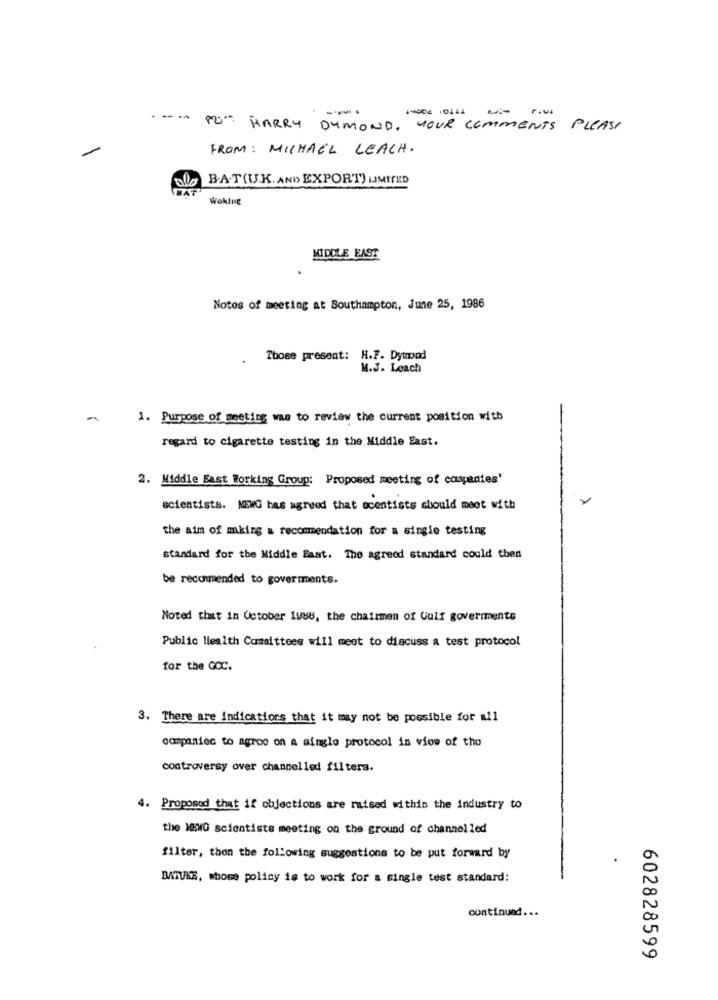
-- -
44002 0111
-
---
82ª HARRY DYMOND, YOUR COMMENTS PLEASE
FROM : MICHAEL LEACH.
B.A.T(U.K. AND EXPORT) LIMITED
Woklig
MIDDLE EAST
Notos of meeting at Southampton, June 25, 1986
Those present: H.F. Dymond
M.J. Leach
-
1. Purpose of meeting was to review the current position with
regard to cigarette testing in the Middle East.
2. Middle East Working Group: Proposed meeting of companies'
scientists. NEWG has agreed that acentists should meet with
the aim of mking & recommendation for a single testing
standard for the Middle East. The agreed standard could then
be recommended to governments.
Noted that in October 1wbb, the chairmen of Gulf governments
Public Health Committees will meet to discuss a test protocol
for the GCC.
3. There are indications that it may not be possible for all
companies to agroo on a single protocol in vios of tho
controversy over channelled filters.
4. Proposed that if objections are raised within the industry to
the MEWG scientists meeting on the ground of channel led
filter, then the following suggestions to be put forward by
BATUKE, whose policy is to work for a single test standard:
continued ...
602828599